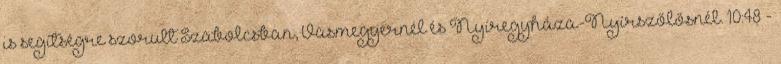
is segítségre szorult Szabolcsban, Vasmegyernél és Nyíregyháza-Nyírszőlősnél. 10:48 -